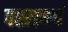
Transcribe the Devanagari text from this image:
वह्लबर्ग